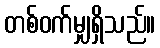
တစ်ဝက်မျှရှိသည်။